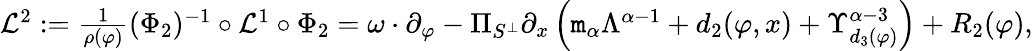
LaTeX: \begin{array}{r}{\mathcal{L}^{2}:=\frac{1}{\rho(\varphi)}(\Phi_{2})^{-1}\circ\mathcal{L}^{1}\circ\Phi_{2}=\omega\cdot\partial_{\varphi}-\Pi_{S^{\perp}}\partial_{x}\left(\mathtt{m}_{\alpha}\Lambda^{\alpha-1}+d_{2}(\varphi,x)+\Upsilon_{d_{3}(\varphi)}^{\alpha-3}\right)+R_{2}(\varphi),}\end{array}